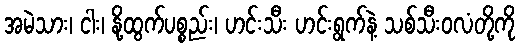
အမဲသား၊ ငါး၊ နို့ထွက်ပစ္စည်း၊ ဟင်းသီး ဟင်းရွက်နဲ့ သစ်သီးဝလံတို့ကို